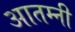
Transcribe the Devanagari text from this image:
आतम्नी